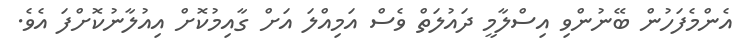
އެންމެފަހުން ބޭނުންވި އިސްލާމީ ދައުލަތް ވެސް އަމިއްލަ އަށް ގާއިމުކޮށް އިއުލާނުކޮށްފަ އެވެ.